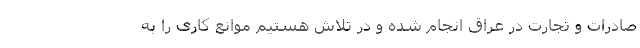
صادرات و تجارت در عراق انجام شده و در تلاش هستیم موانع کاری را به